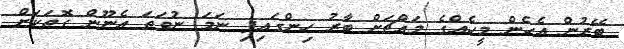
ބޭރުން އެހެން މީހެއްގެ މައްޗަށް ބާރު ހިންގައިފި ނަމަ ނުވަތަ އެނޫން ގޮތަކަށް